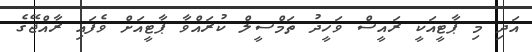
އަދި މި ޕާޓީއަކީ ރައީސް ވަހީދު ތަމްސީލް ކުރައްވާ ޕާޓީއަށް ވެފައި ރާއްޖޭގެ